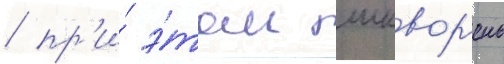
/ пр'и́ э́том шквор'ень